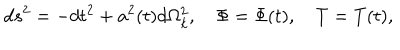
LaTeX: d s ^ { 2 } = - d t ^ { 2 } + a ^ { 2 } ( t ) d \Omega _ { k } ^ { 2 } , \quad \Phi = \Phi ( t ) , \quad T = T ( t ) ,